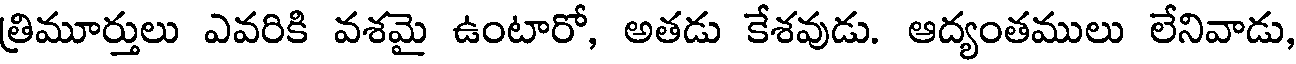
త్రిమూర్తులు ఎవరికి వశమై ఉంటారో, అతడు కేశవుడు. ఆద్యంతములు లేనివాడు,